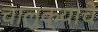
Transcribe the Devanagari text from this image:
चालुक्याचे